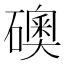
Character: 礇